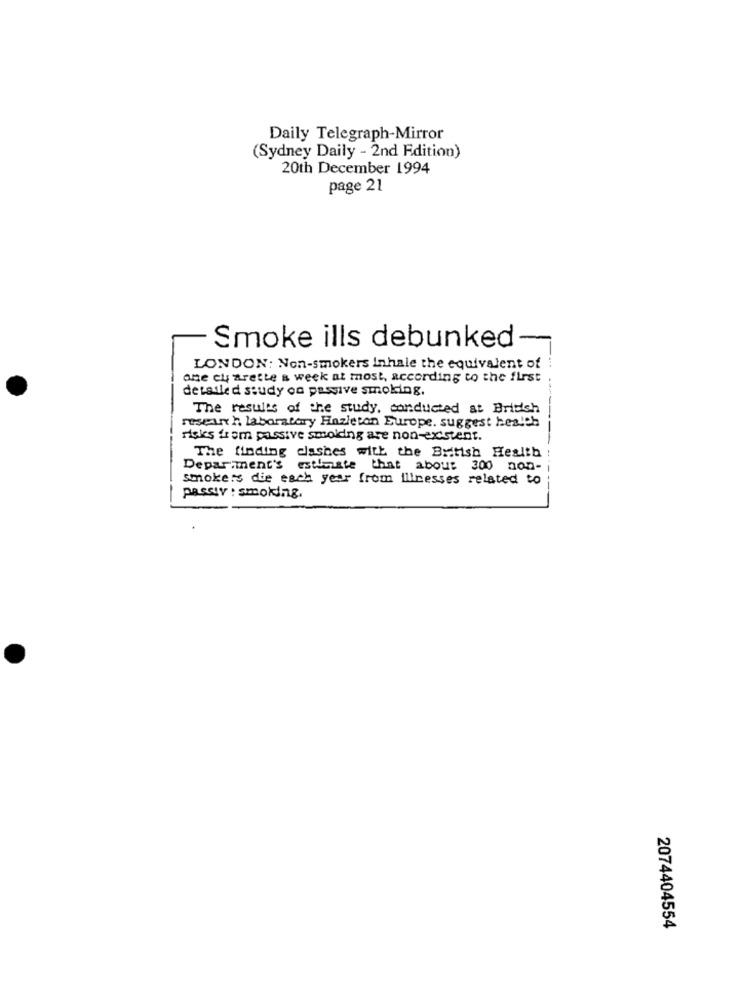
Daily Telegraph-Mirror
(Sydney Daily - 2nd Edition)
20th December 1994
page 21
-
Smoke ills debunked
LONDON: Non-smokers inhale the equivalent of
one ch arette s week at most, according to the first
detailed study on passive smoking.
The results of the study, conducted at British
research laboratory Hazleton Europe. suggest health
risks from passive smolding are non-existent.
The finding clashes with the British Health
Department's estleiste that abou: 300 non-
smokers die each year from illnesses related to
passiv : smoking.
2074404554